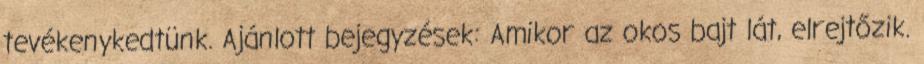
tevékenykedtünk. Ajánlott bejegyzések: Amikor az okos bajt lát, elrejtőzik.